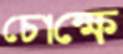
চোক্ষে